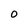
Character: 0